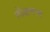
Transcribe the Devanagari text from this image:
तीक्षणता